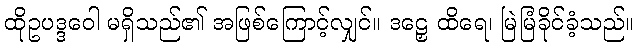
ထိုဥပဒ္ဒဝေါ မရှိသည်၏ အဖြစ်ကြောင့်လျှင်။ ဒဠှေ ထိရေ၊ မြဲမြံခိုင်ခံ့သည်။